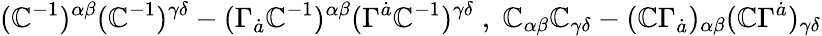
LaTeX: (\mathbb{C}^{-1})^{\alpha\beta}(\mathbb{C}^{-1})^{\gamma\delta}-(\Gamma_{\dot{{a}}}\mathbb{C}^{-1})^{\alpha\beta}(\Gamma^{\dot{{a}}}\mathbb{C}^{-1})^{\gamma\delta}\; ,\; \mathbb{C}_{\alpha\beta}\mathbb{C}_{\gamma\delta}-(\mathbb{C}\Gamma_{\dot{{a}}})_{\alpha\beta}(\mathbb{C}\Gamma^{\dot{{a}}})_{\gamma\delta}